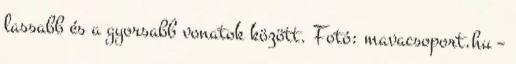
lassabb és a gyorsabb vonatok között. Fotó: mavacsoport.hu –